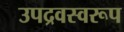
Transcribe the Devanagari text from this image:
उपद्रवस्वरूप